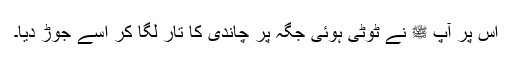
اس پر آپ ﷺ نے ٹوٹی ہوئی جگہ پر چاندی کا تار لگا کر اسے جوڑ دیا۔